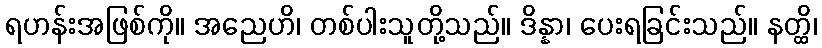
ရဟန်းအဖြစ်ကို။ အညေဟိ၊ တစ်ပါးသူတို့သည်။ ဒိန္နာ၊ ပေးရခြင်းသည်။ နတ္ထိ၊